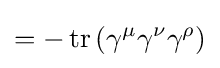
=-\operatorname {tr} \left(\gamma ^{\mu }\gamma ^{\nu }\gamma ^{\rho }\right)